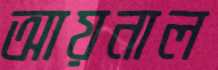
আয়নাল